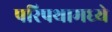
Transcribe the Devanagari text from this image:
परिपथामध्ये